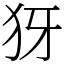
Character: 犽